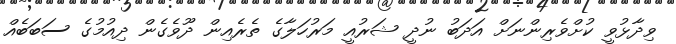
ވިދާޅުވީ ކުށްވެރިންނަށް އަދަބު ނުދީ ޝަރުއީ މަރުހަލާގެ ތެރެއިން ދޫވެގެން ދިއުމުގެ ސަބަބެއް